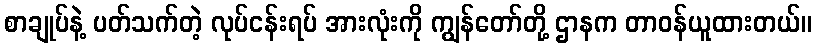
စာချုပ်နဲ့ ပတ်သက်တဲ့ လုပ်ငန်းရပ် အားလုံးကို ကျွန်တော်တို့ ဌာနက တာဝန်ယူထားတယ်။